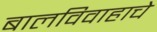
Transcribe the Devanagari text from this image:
बालविवाहाचे